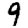
Digit: 9